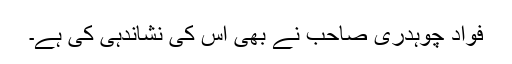
فواد چوہدری صاحب نے بھی اس کی نشاندہی کی ہے۔